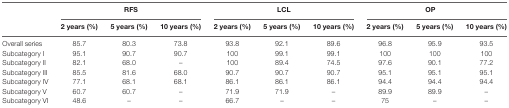
<table><thead><tr><td></td><td colspan="3"><b>RFS</b></td><td colspan="3"><b>LCL</b></td><td colspan="3"><b>OP</b></td></tr><tr><td></td><td><b>2 years (%)</b></td><td><b>5 years (%)</b></td><td><b>10 years (%)</b></td><td><b>2 years (%)</b></td><td><b>5 years (%)</b></td><td><b>10 years (%)</b></td><td><b>2 years (%)</b></td><td><b>5 years (%)</b></td><td><b>10 years (%)</b></td></tr></thead><tbody><tr><td>Overall series</td><td>85.7</td><td>80.3</td><td>73.8</td><td>93.8</td><td>92.1</td><td>89.6</td><td>96.8</td><td>95.9</td><td>93.5</td></tr><tr><td>Subcategory I</td><td>95.1</td><td>90.7</td><td>90.7</td><td>100</td><td>99.1</td><td>99.1</td><td>100</td><td>100</td><td>100</td></tr><tr><td>Subcategory II</td><td>82.1</td><td>68.0</td><td>–</td><td>100</td><td>89.4</td><td>74.5</td><td>97.6</td><td>90.1</td><td>77.2</td></tr><tr><td>Subcategory III</td><td>85.5</td><td>81.6</td><td>68.0</td><td>90.7</td><td>90.7</td><td>90.7</td><td>95.1</td><td>95.1</td><td>95.1</td></tr><tr><td>Subcategory IV</td><td>77.1</td><td>68.1</td><td>68.1</td><td>86.1</td><td>86.1</td><td>86.1</td><td>94.4</td><td>94.4</td><td>94.4</td></tr><tr><td>Subcategory V</td><td>60.7</td><td>60.7</td><td>–</td><td>71.9</td><td>71.9</td><td>–</td><td>89.9</td><td>89.9</td><td>–</td></tr><tr><td>Subcategory VI</td><td>48.6</td><td>–</td><td>–</td><td>66.7</td><td>–</td><td>–</td><td>75</td><td>–</td><td>–</td></tr></tbody></table>